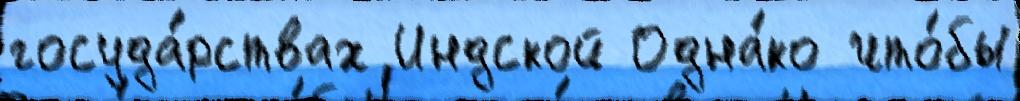
госуда́рствах Индской Одна́ко что́бы